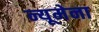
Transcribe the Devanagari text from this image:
न्यूमेना